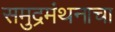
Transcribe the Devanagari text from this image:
समुद्रमंथनाचा